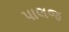
પાલજ